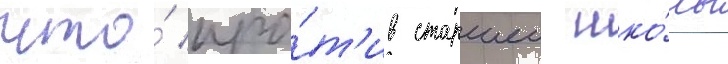
что́ про́т'ив старшеи шко́лы